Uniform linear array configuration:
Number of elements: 64
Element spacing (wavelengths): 0.5
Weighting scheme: kaiser
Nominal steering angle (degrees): -30
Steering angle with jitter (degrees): -29.793
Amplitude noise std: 0.05
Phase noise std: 0.05

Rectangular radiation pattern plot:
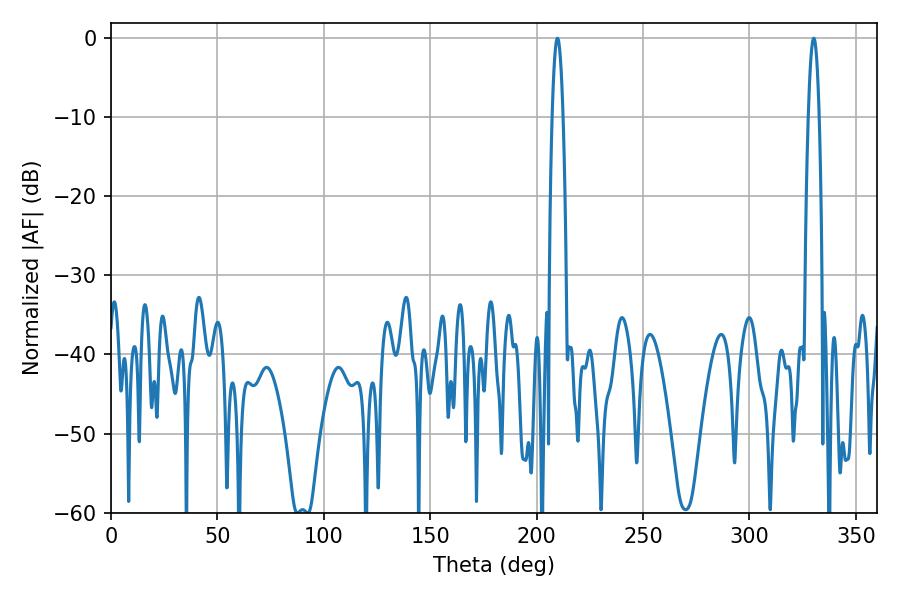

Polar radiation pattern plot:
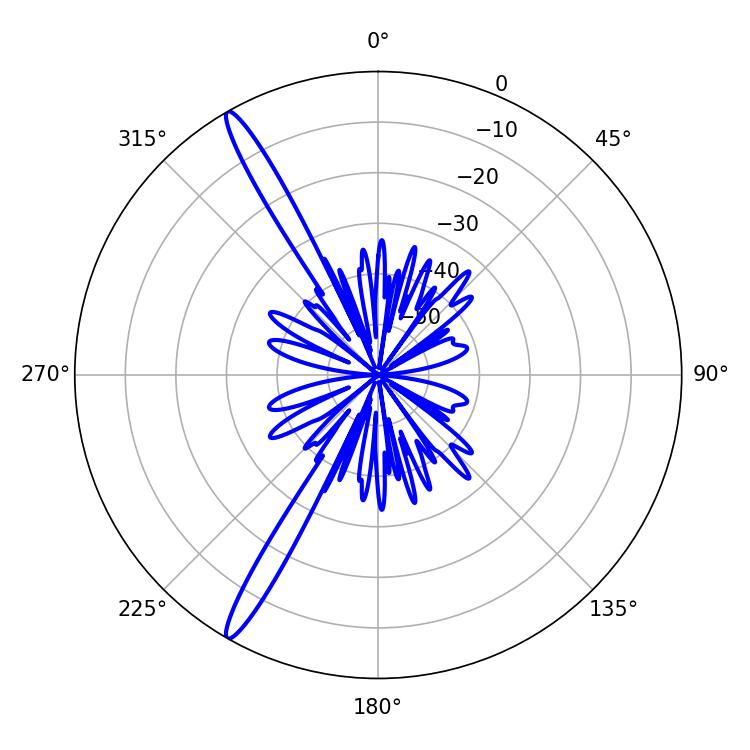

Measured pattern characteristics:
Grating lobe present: FALSE
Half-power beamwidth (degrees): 2.7
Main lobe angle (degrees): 209.7